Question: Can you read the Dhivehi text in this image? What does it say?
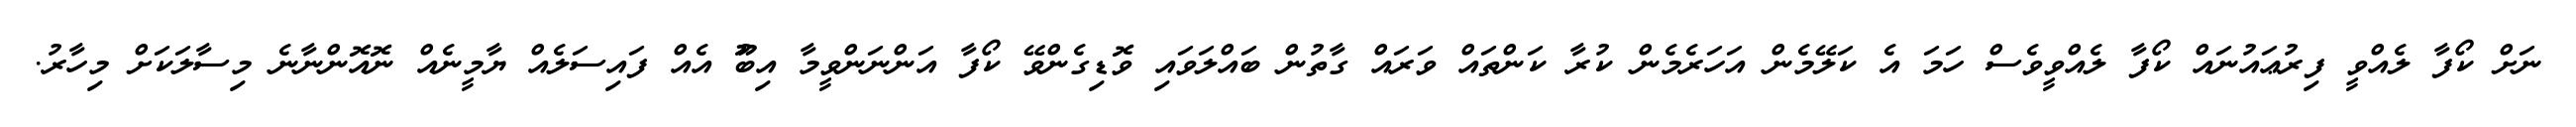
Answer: ނަށް ކޯފާ ލެއްވީ ފިރުޢައުނައް ކޯފާ ލެއްވީވެސް ހަމަ އެ ކަލޭމެން އަހަރެމެން ކުރާ ކަންތައް ވަރައް ގާތުން ބައްލަވައި ވޮޑިގެންވޭ ކޯފާ އަންނަންވީމާ އިބޫު އެއް ފައިސަލެއް ޔާމީނެއް ނޮއޮންނާނެ މިސާލަކަށް މިހާރު.